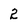
Character: 2